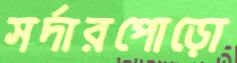
সর্দারপোড়ো